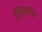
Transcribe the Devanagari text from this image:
कादाबारीच